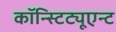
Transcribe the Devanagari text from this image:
कॉन्स्टिट्यूएन्ट